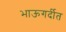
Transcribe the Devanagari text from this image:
भाऊगर्दीत